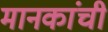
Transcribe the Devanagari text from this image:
मानकांची